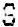
S